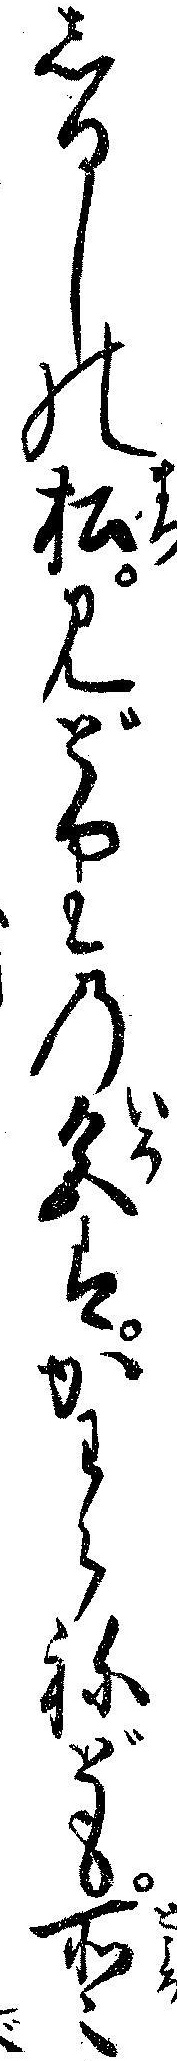
しるしの松みどりの色はかわらねども所々